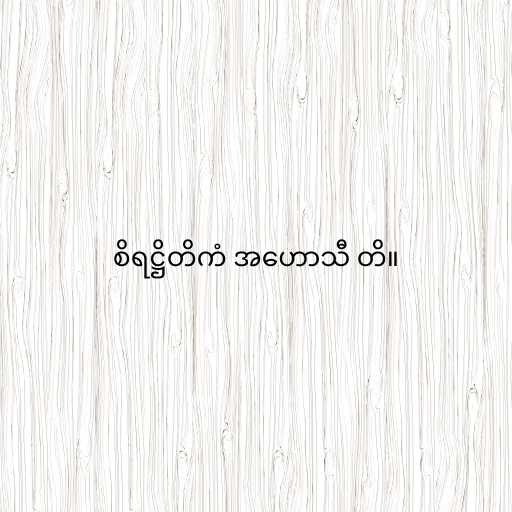
စိရဋ္ဌိတိကံ အဟောသီ တိ။